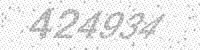
Solution: 424934